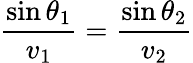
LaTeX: {\frac{\sin\theta_{1}}{v_{1}}}={\frac{\sin\theta_{2}}{v_{2}}}